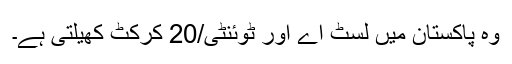
وہ پاکستان میں لسٹ اے اور ٹوئنٹی/20 کرکٹ کھیلتی ہے۔